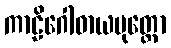
ကာဠိဂေါဓာယပုတ္တော